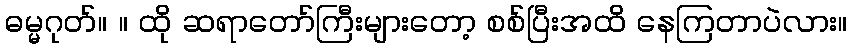
ဓမ္မဂုတ်။ ။ ထို ဆရာတော်ကြီးများတော့ စစ်ပြီးအထိ နေကြတာပဲလား။